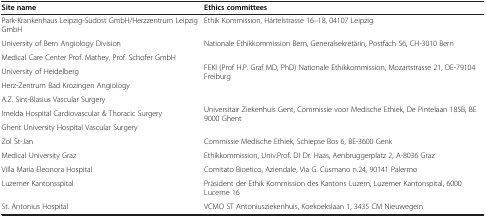
<table><thead><tr><td><b>Site name</b></td><td><b>Ethics committees</b></td></tr></thead><tbody><tr><td>Park-Krankenhaus Leipzig-Südost GmbH/Herzzentrum Leipzig GmbH</td><td>Ethik Kommission, Härtelstrasse 16–18, 04107 Leipzig</td></tr><tr><td>University of Bern Angiology Division</td><td>Nationale Ethikkommission Bern, Generalsekretärin, Postfach 56, CH-3010 Bern</td></tr><tr><td>Medical Care Center Prof. Mathey, Prof. Schofer GmbH</td><td rowspan="3">FEKI (Prof H.P. Graf MD, PhD) Nationale Ethikkommission, Mozartstrasse 21, DE-79104 Freiburg</td></tr><tr><td>University of Heidelberg</td></tr><tr><td>Herz-Zentrum Bad Krozingen Angiology</td></tr><tr><td>A.Z. Sint-Blasius Vascular Surgery</td><td rowspan="3">Universitair Ziekenhuis Gent, Commissie voor Medische Ethiek, De Pintelaan 185B, BE 9000 Ghent</td></tr><tr><td>Imelda Hospital Cardiovascular &amp; Thoracic Surgery</td></tr><tr><td>Ghent University Hospital Vascular Surgery</td></tr><tr><td>Zol St-Jan</td><td>Commissie Medische Ethiek, Schiepse Bos 6, BE-3600 Genk</td></tr><tr><td>Medical University Graz</td><td>Ethikkommission, Univ.Prof. DI Dr. Haas, Aenbruggerplatz 2, A-8036 Graz</td></tr><tr><td>Villa Maria Eleonora Hospital</td><td>Comitato Bioetico, Aziendale, Via G. Cusmano n.24, 90141 Palermo</td></tr><tr><td>Luzerner Kantonsspital</td><td>Präsident der Ethik Kommission des Kantons Luzern, Luzerner Kantonspital, 6000 Lucerne 16</td></tr><tr><td>St. Antonius Hospital</td><td>VCMO ST Antoniusziekenhuis, Koekoekslaan 1, 3435 CM Nieuwegein</td></tr></tbody></table>